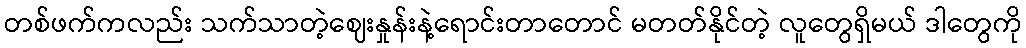
တစ်ဖက်ကလည်း သက်သာတဲ့ဈေးနှုန်းနဲ့ရောင်းတာတောင် မတတ်နိုင်တဲ့ လူတွေရှိမယ် ဒါတွေကို